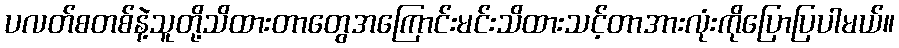
ပလတ်စတစ်နဲ့သူတို့သိထားတာတွေအကြောင်းမင်းသိထားသင့်တာအားလုံးကိုပြောပြပါမယ်။